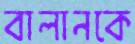
বালানকে